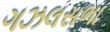
ગઝલસભા